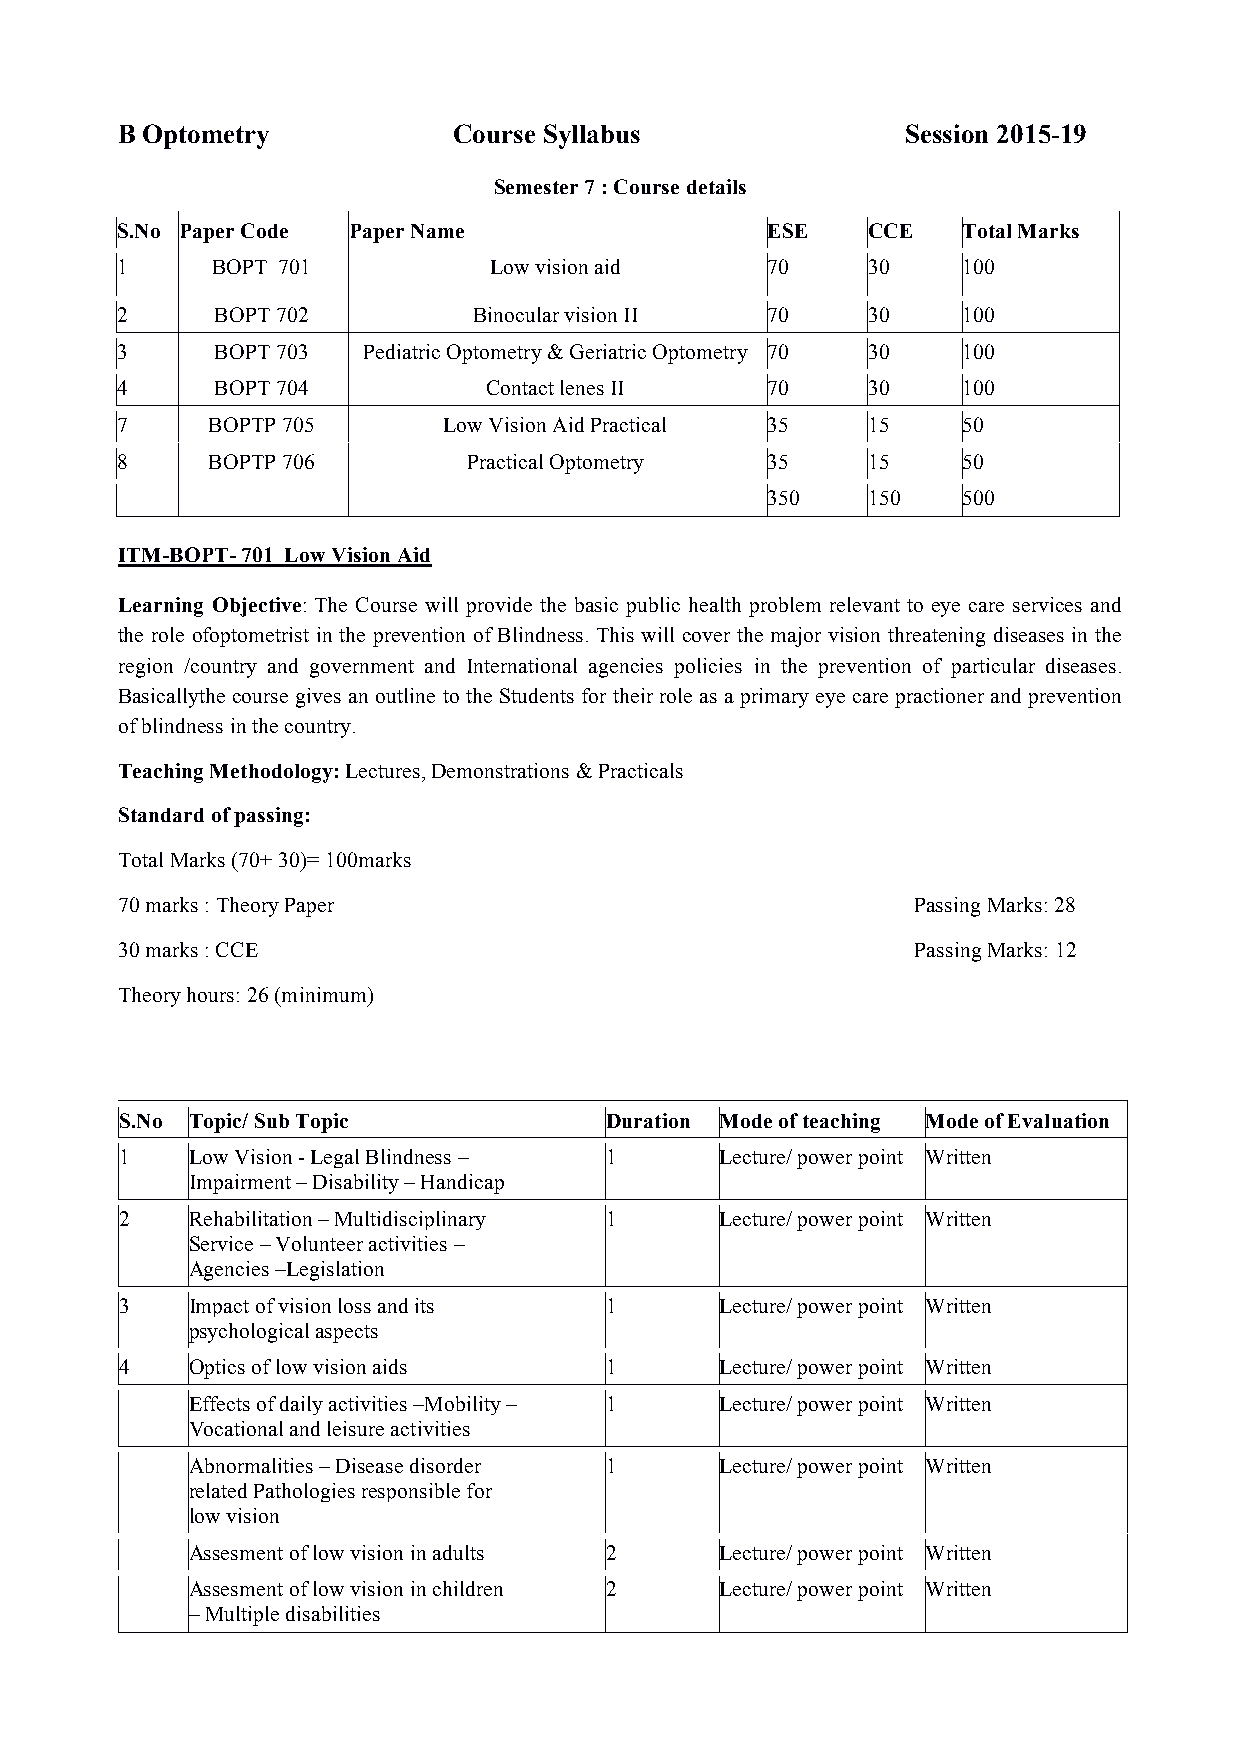
B Optometry           Course Syllabus               Session 2015-19
 Semester 7 : Course details
 S.No Paper Code Paper Name                 ESE   CCE    Total Marks
 1     BOPT 701          Low vision aid     70    30     100
 2     BOPT 702         Binocular vision II 70    30     100
 3     BOPT 703  Pediatric Optometry & Geriatric Optometry 70 30 100
 4     BOPT 704          Contact lenes II   70    30     100
 7     BOPTP 705      Low Vision Aid Practical 35 15     50
 8     BOPTP 706        Practical Optometry 35    15     50
 350   150    500
 ITM-BOPT- 701 Low Vision Aid
 Learning Objective: The Course will provide the basic public health problem relevant to eye care services and
 the role ofoptometrist in the prevention of Blindness. This will cover the major vision threatening diseases in the
 region /country and government and International agencies policies in the prevention of particular diseases.
 Basicallythe course gives an outline to the Students for their role as a primary eye care practioner and prevention
 of blindness in the country.
 Teaching Methodology: Lectures, Demonstrations & Practicals
 Standard of passing:
 Total Marks (70+ 30)= 100marks
 70 marks : Theory Paper                              Passing Marks: 28
 30 marks : CCE                                       Passing Marks: 12
 Theory hours: 26 (minimum)
 S.No Topic/ Sub Topic           Duration Mode of teaching Mode of Evaluation
 1   Low Vision - Legal Blindness – 1    Lecture/ power point Written
 Impairment – Disability – Handicap
 2   Rehabilitation – Multidisciplinary 1 Lecture/ power point Written
 Service – Volunteer activities –
 Agencies –Legislation
 3   Impact of vision loss and its 1     Lecture/ power point Written
 psychological aspects
 4   Optics of low vision aids   1       Lecture/ power point Written
 Effects of daily activities –Mobility – 1 Lecture/ power point Written
 Vocational and leisure activities
 Abnormalities – Disease disorder 1  Lecture/ power point Written
 related Pathologies responsible for
 low vision
 Assesment of low vision in adults 2 Lecture/ power point Written
 Assesment of low vision in children 2 Lecture/ power point Written
 – Multiple disabilities